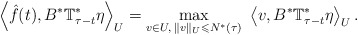
\begin{align*}\ \left\langle \hat f(t),B^* \mathbb{T}^*_{\tau-t} \eta \right\rangle_U = \displaystyle\max_{v\in U,\; \|v\|_U \leqslant N^*(\tau)}\ \left\langle v,B^* \mathbb{T}^*_{\tau-t} \eta \right\rangle_U.\end{align*}